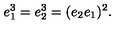
e _ { 1 } ^ { 3 } = e _ { 2 } ^ { 3 } = ( e _ { 2 } e _ { 1 } ) ^ { 2 } .